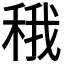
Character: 𬓬